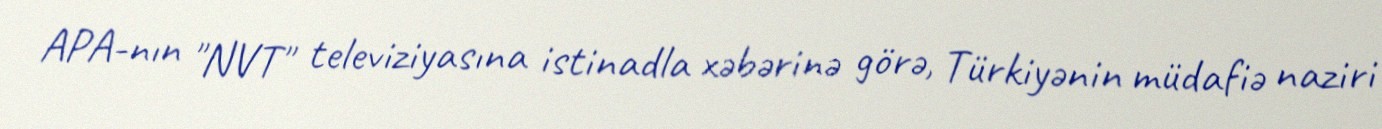
APA-nın "NVT" televiziyasına istinadla xəbərinə görə, Türkiyənin müdafiə naziri